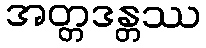
အတ္တဒန္တဿ